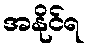
အနိုင်ရ